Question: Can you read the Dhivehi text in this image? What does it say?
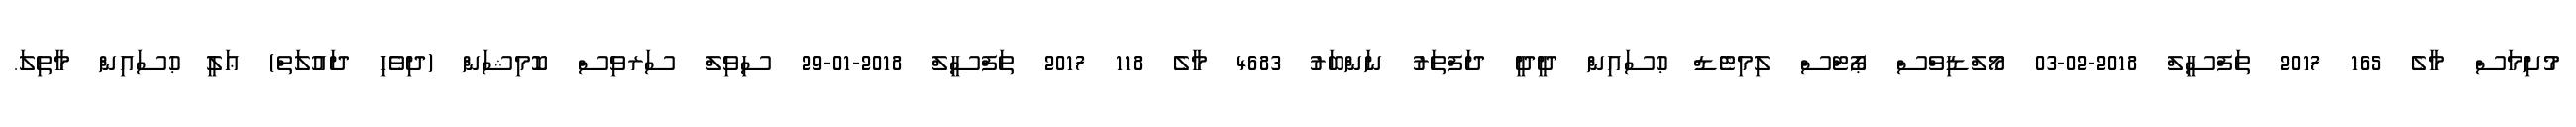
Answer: މުށިމަސް މާލެ 165 2017 ތަފްސީލް 2018-02-03 މޯލްޑިވްސް ޕޯޓްސް ލިމިޓެޑް ޙުސައިން ދީދީ ދަފްތަރު ނަންބަރު 4683 މާލެ 118 2017 ތަފްސީލް 2018-01-29 ސިވިލް ސަރވިސް ކޮމިޝަން (ދިވެހި ދައުލަތް) ޢަލީ ޙުސައިން މާތިލަ.